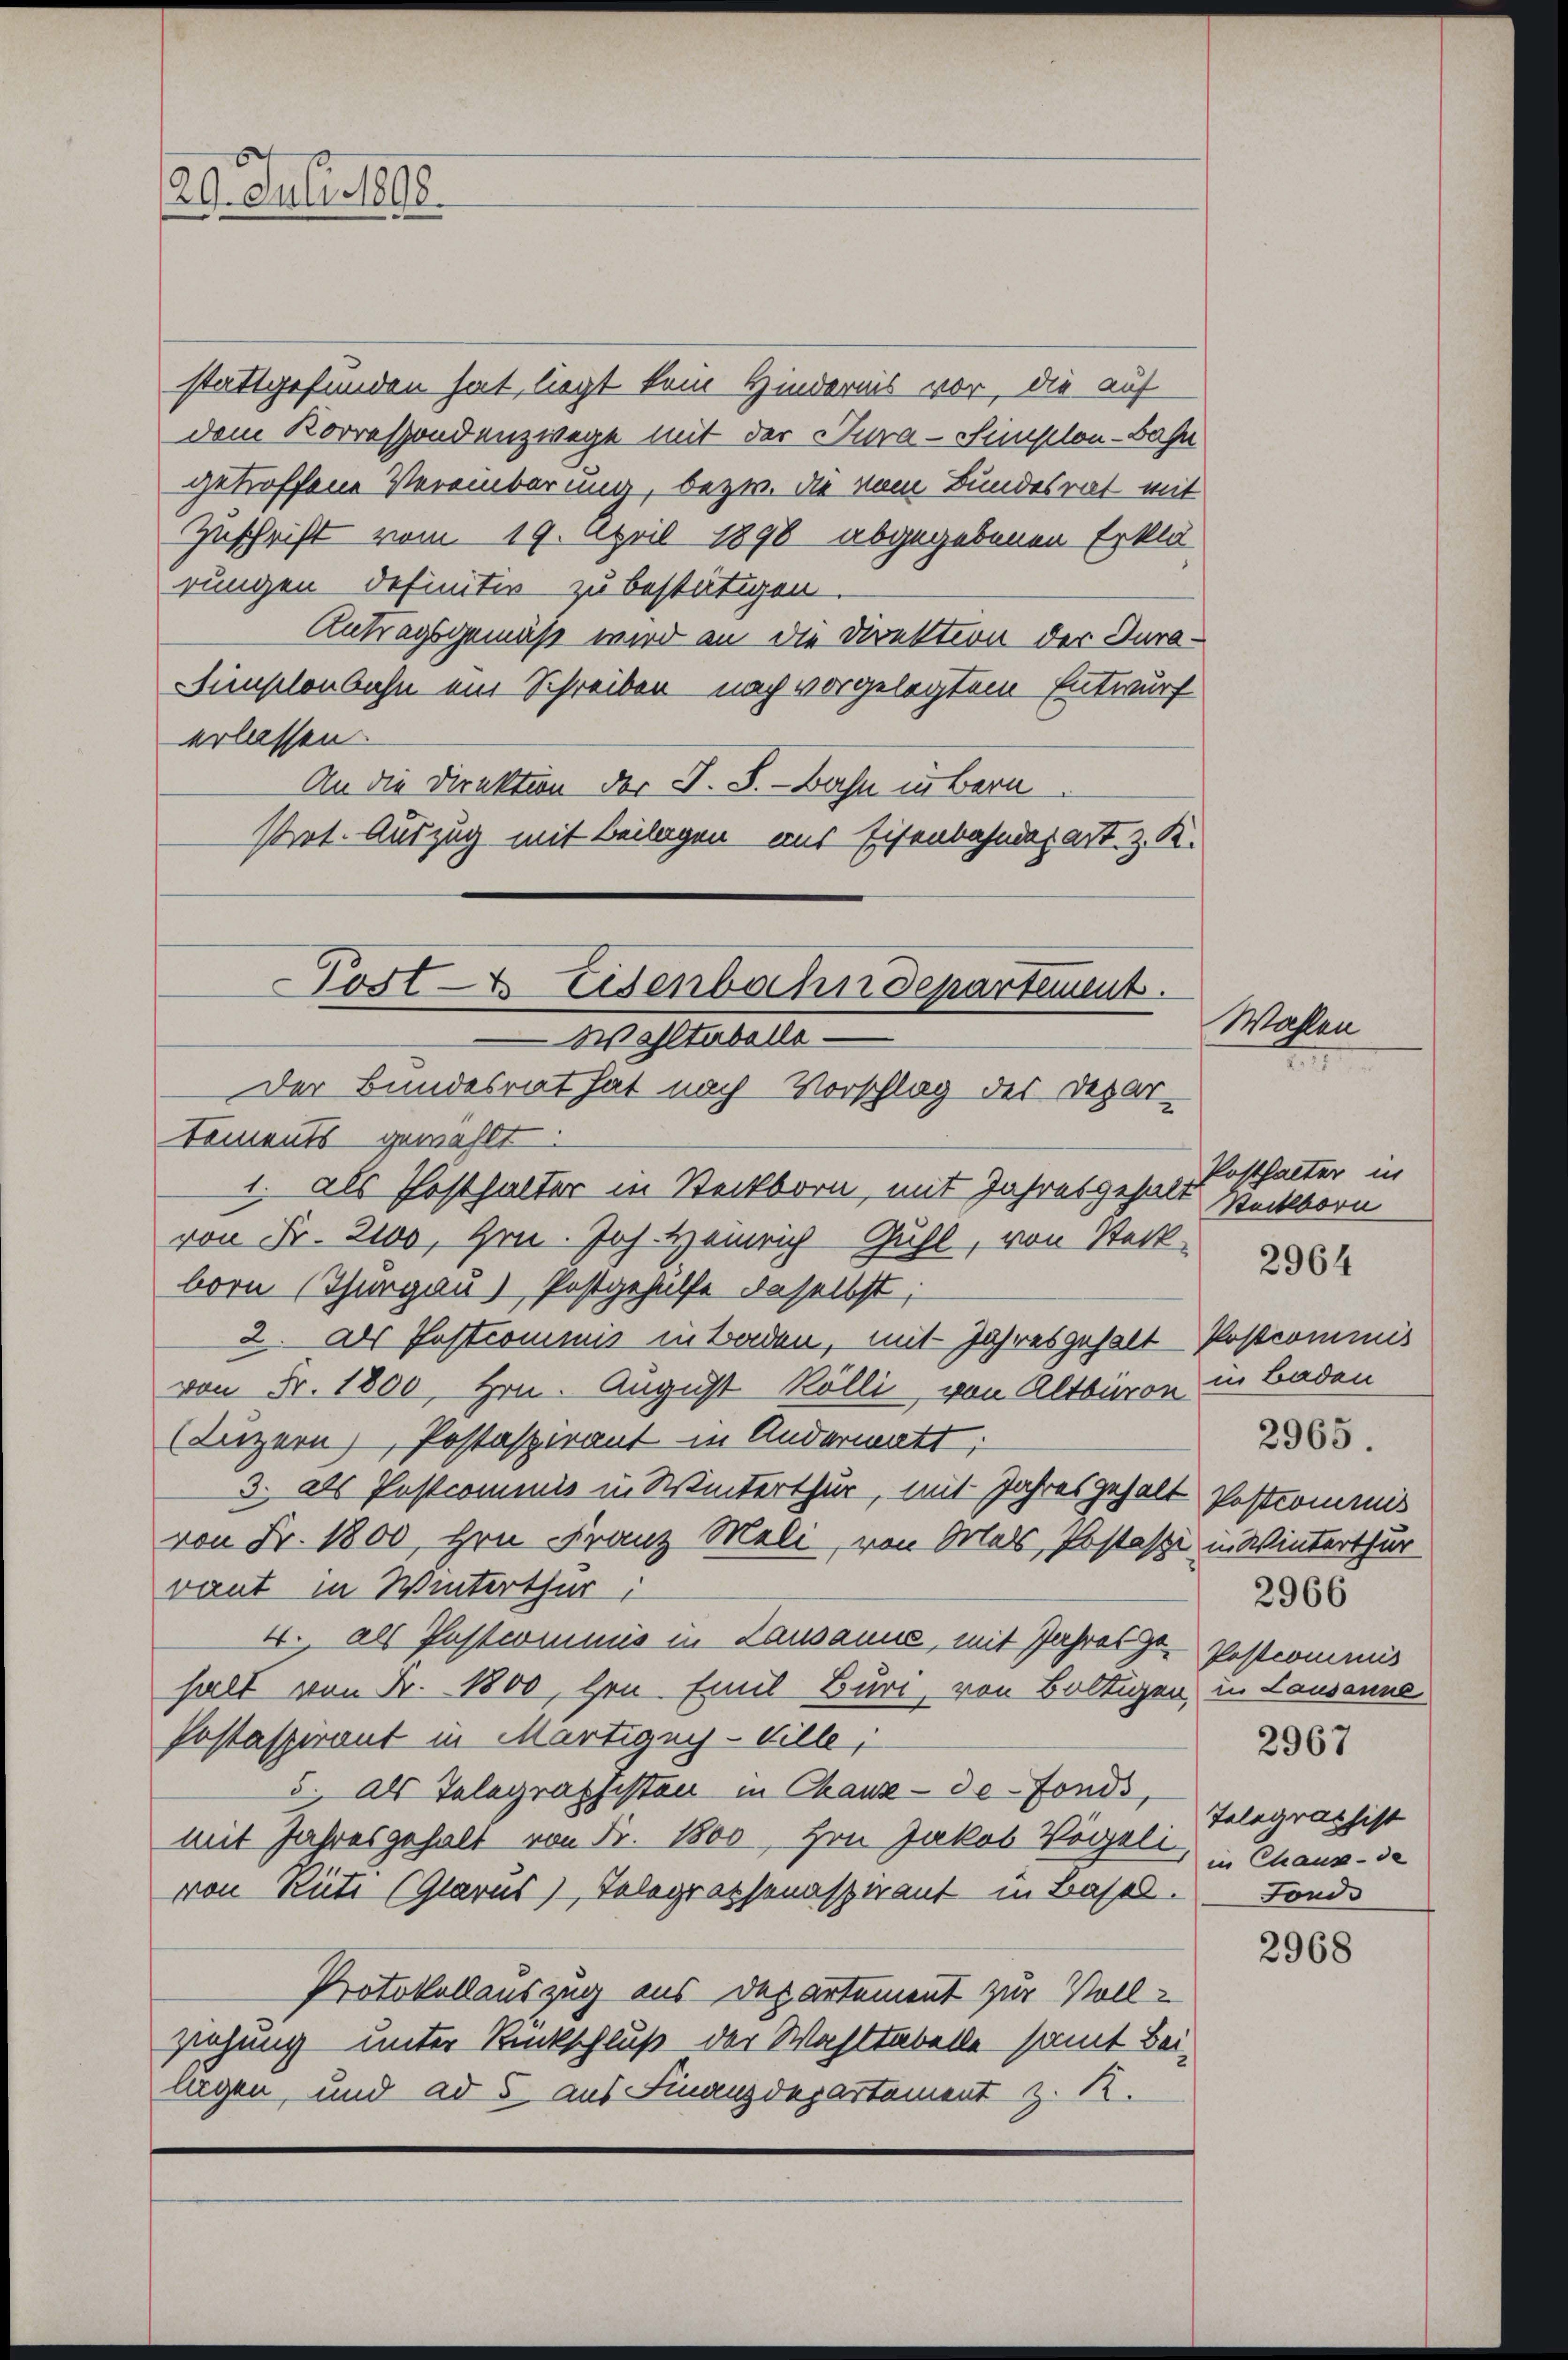
20. Juli 1898.

stattgefunden hat, liegt kein Hindernis vor, die auf
dem Korrespondenzwege mit der Cura-Simplon-Bahn
getroffene Vereinbarung, bezw. die vom Bundesrat mit
Zuschrift vom 19. April 1890 abgegebenen Erklä-
rungen definitiv zu bestätigen.
Antragsgemäß wird an die Direktion der Jurainschenbahn ein Schreiben nach vorgelegtem Entwurf
erlassen
An die Direktion der J. S. - Bahn in Bern
Pret. Auszug mit Beilagen aus Eisenbahndepart z. K.

Post- & Esenbahn Separtement
Masstabelle
Der Bundesrat hat nach Vorschlag des Depar¬
Sements gewählt:

1. als Posthalter in Steckborn, mit Jahresgehalt Weckborn
von Fr. 2100, Hrn. Joh. Heinrich Guhl, von Steck-
born (Thurgau) Postgehülfe daselbst;
2. als Postcommis in Boden, mit Jahresgehalt Postcommis
von Fr. 1800, Hrn. August Rölli, von Altbaren in Baden
(Luzern, Postaspirant in Andermatt:
3. als Postcommis in Winterthur, mit Jahresgehalt Postromanis
von Fr. 1800, Hrn. Franz Meli, von Mals, Postasi in Winterthur
vaut in Winterthur:
4., als Postcommis in Lausanne, mit Jahres Postcommis
halt von Fr. 1800, Hrn. Emil Buri, von Boltigen, in Lausanne
Postaspirant in Martigny-Ville,
5. Als Telegraphisten in Chaux-de-Fonds,
mit Jahresgehalt von Fr. 1800, Hrn Jakob Vögeli, in Chaux-de
von Rüti (Glarus), Telegraphenaspirant in Basel. Fonds
Protokollauszug aus Departement zur Vollziehung unter Rückschluß der Wahltabelle samt Bei-
lagen, und ad 5 aus Finanzdepartement z. R.

Wahlen

Posthalter in
2966
2967
Telegraphist

2964

2965.

2968